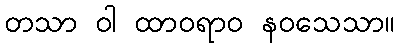
တသာ ဝါ ထာဝရာဝ နဝသေသာ။